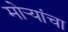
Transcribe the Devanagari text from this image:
मोर्‍यांचा